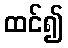
ထင်၍